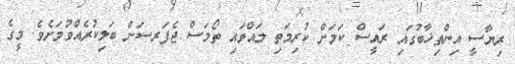
ރިޔާސީ އިންތިޚާބުގައި ރައީސް ކަމަށް ކުރިމަތި ލައްވައި ތޯމަސް ޖެފަރސަން ބަލިކުރެއްވުމަށެވެ. މީގެ